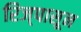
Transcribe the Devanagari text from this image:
रिज्‌पासून